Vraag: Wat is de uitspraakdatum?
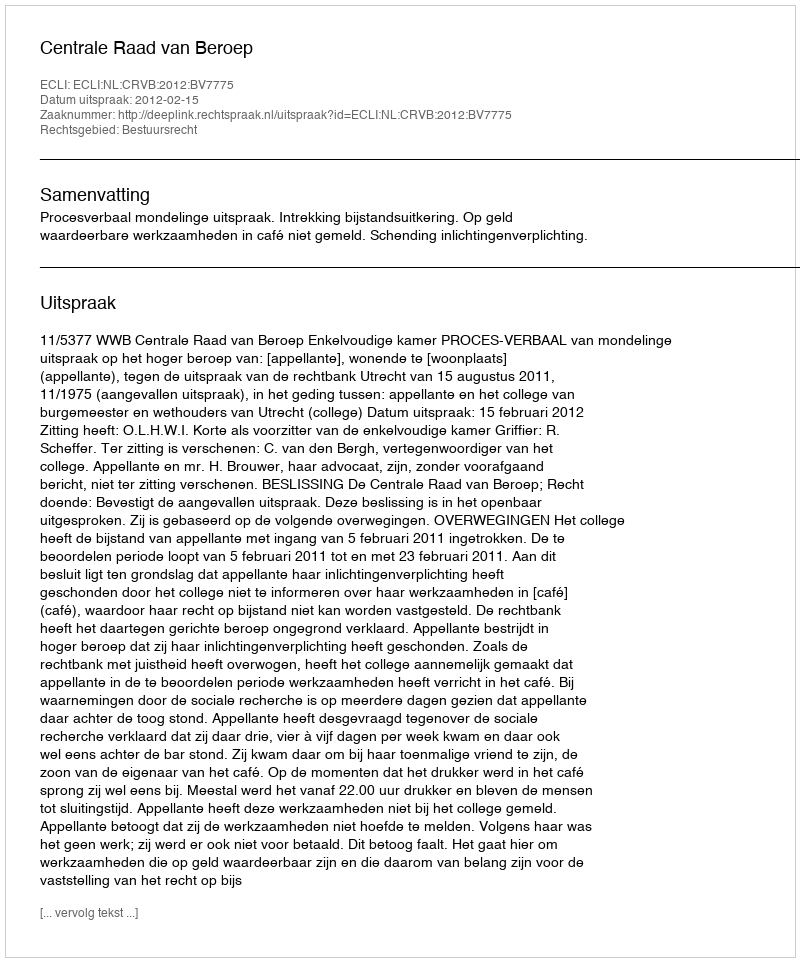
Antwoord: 2012-02-15